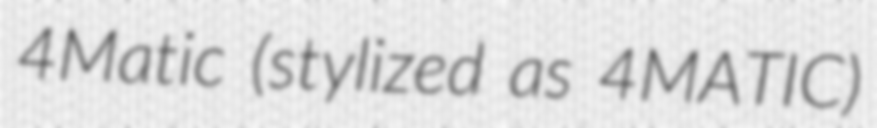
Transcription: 4Matic (stylized as 4MATIC)